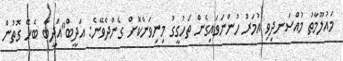
މައުލޫމާތު މުއްސަނދިވި އުމަރު ހުންނަވައިގެން ތަހުގީގު މިނިވަންކޮށް ގެންދެވޭނެ: އަދީބް"އަދީބާ ބެހޭ ގޮތުން